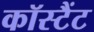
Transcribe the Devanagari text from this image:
कॉस्टैंट